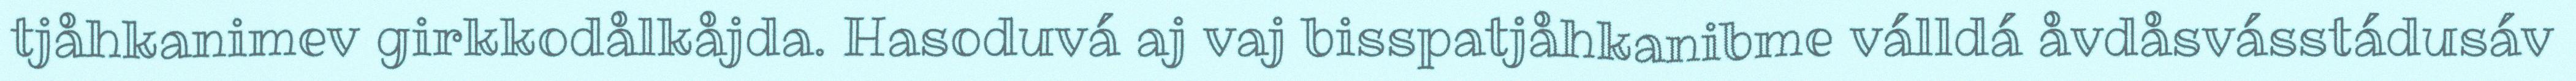
tjåhkanimev girkkodålkåjda. Hasoduvá aj vaj bisspatjåhkanibme válldá åvdåsvásstádusáv